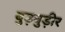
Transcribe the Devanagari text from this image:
बुड़बुड़ीर